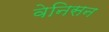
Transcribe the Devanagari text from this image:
वेनिसन